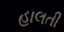
હાલતી